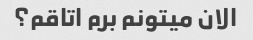
الان میتونم برم اتاقم؟